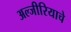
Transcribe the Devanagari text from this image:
अल्जीरियाचे